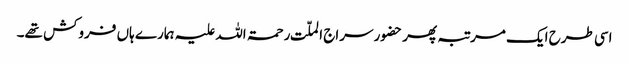
اسی طرح ایک مرتبہ پھر حضور سراج الملّت رحمۃ اللہ علیہ ہمارے ہاں فروکش تھے۔